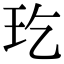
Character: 𤣮